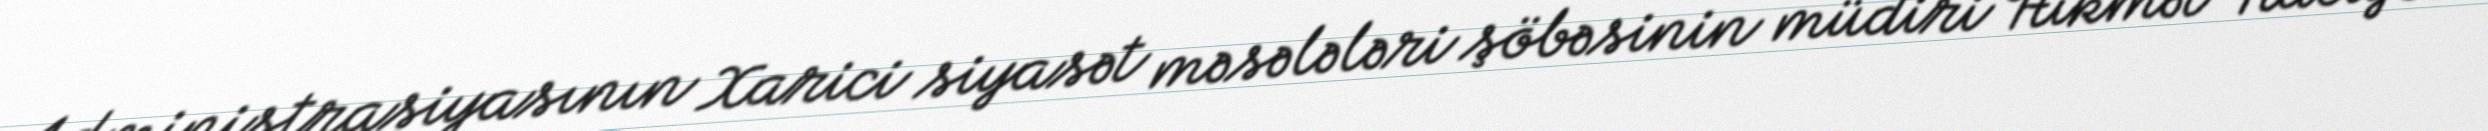
Administrasiyasının Xarici siyasət məsələləri şöbəsinin müdiri Hikmət Hacıyev